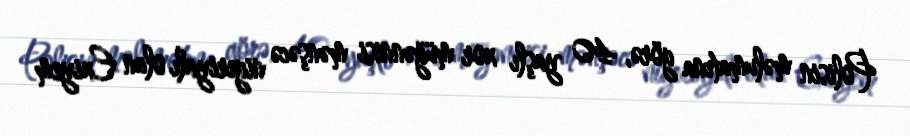
Polisin məlumatına görə, 40 yaşlı xor müğənnisi mənşəcə nigeriyalı olan Exiyem